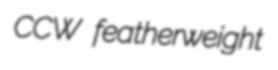
CCW featherweight